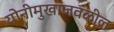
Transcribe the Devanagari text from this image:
योनीमुखाजवळील